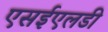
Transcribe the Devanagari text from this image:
एसईएलडी